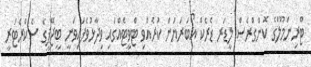
ޓްރިނަމޫލްގެ ކޮންގްރެސް ލީޑަރ ޑެރެކް އޯބަރަޔަން ކުރެއްވި ޓްވީޓެއްގައި ވިދާޅުވެފައިވަނީ ބީޖޭޕީގެ ސެކްރެޓަރީ